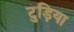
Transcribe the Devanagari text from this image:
टुड़िया